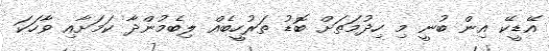
އޭޑީކޭ އިން ބުނީ މި ހިދުމަތަށް ބޮޑު ތަރުހީބެއް ލިބެމުންދާ ކަމަށާއި ވާހަކަ